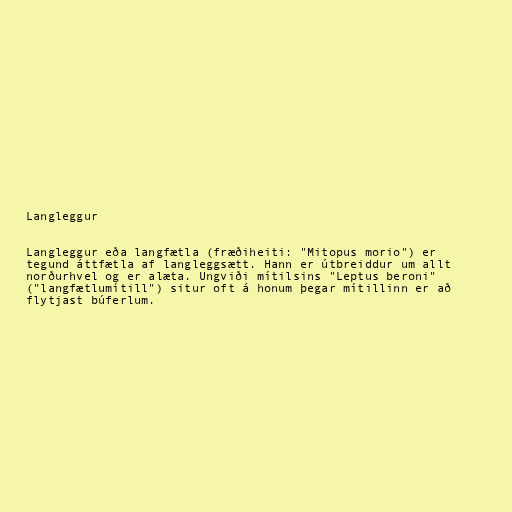
Langleggur

Langleggur eða langfætla (fræðiheiti: "Mitopus morio") er
tegund áttfætla af langleggsætt. Hann er útbreiddur um allt
norðurhvel og er alæta. Ungviði mítilsins "Leptus beroni"
("langfætlumítill") situr oft á honum þegar mítillinn er að
flytjast búferlum.